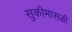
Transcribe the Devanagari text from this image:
सुकीमासळी